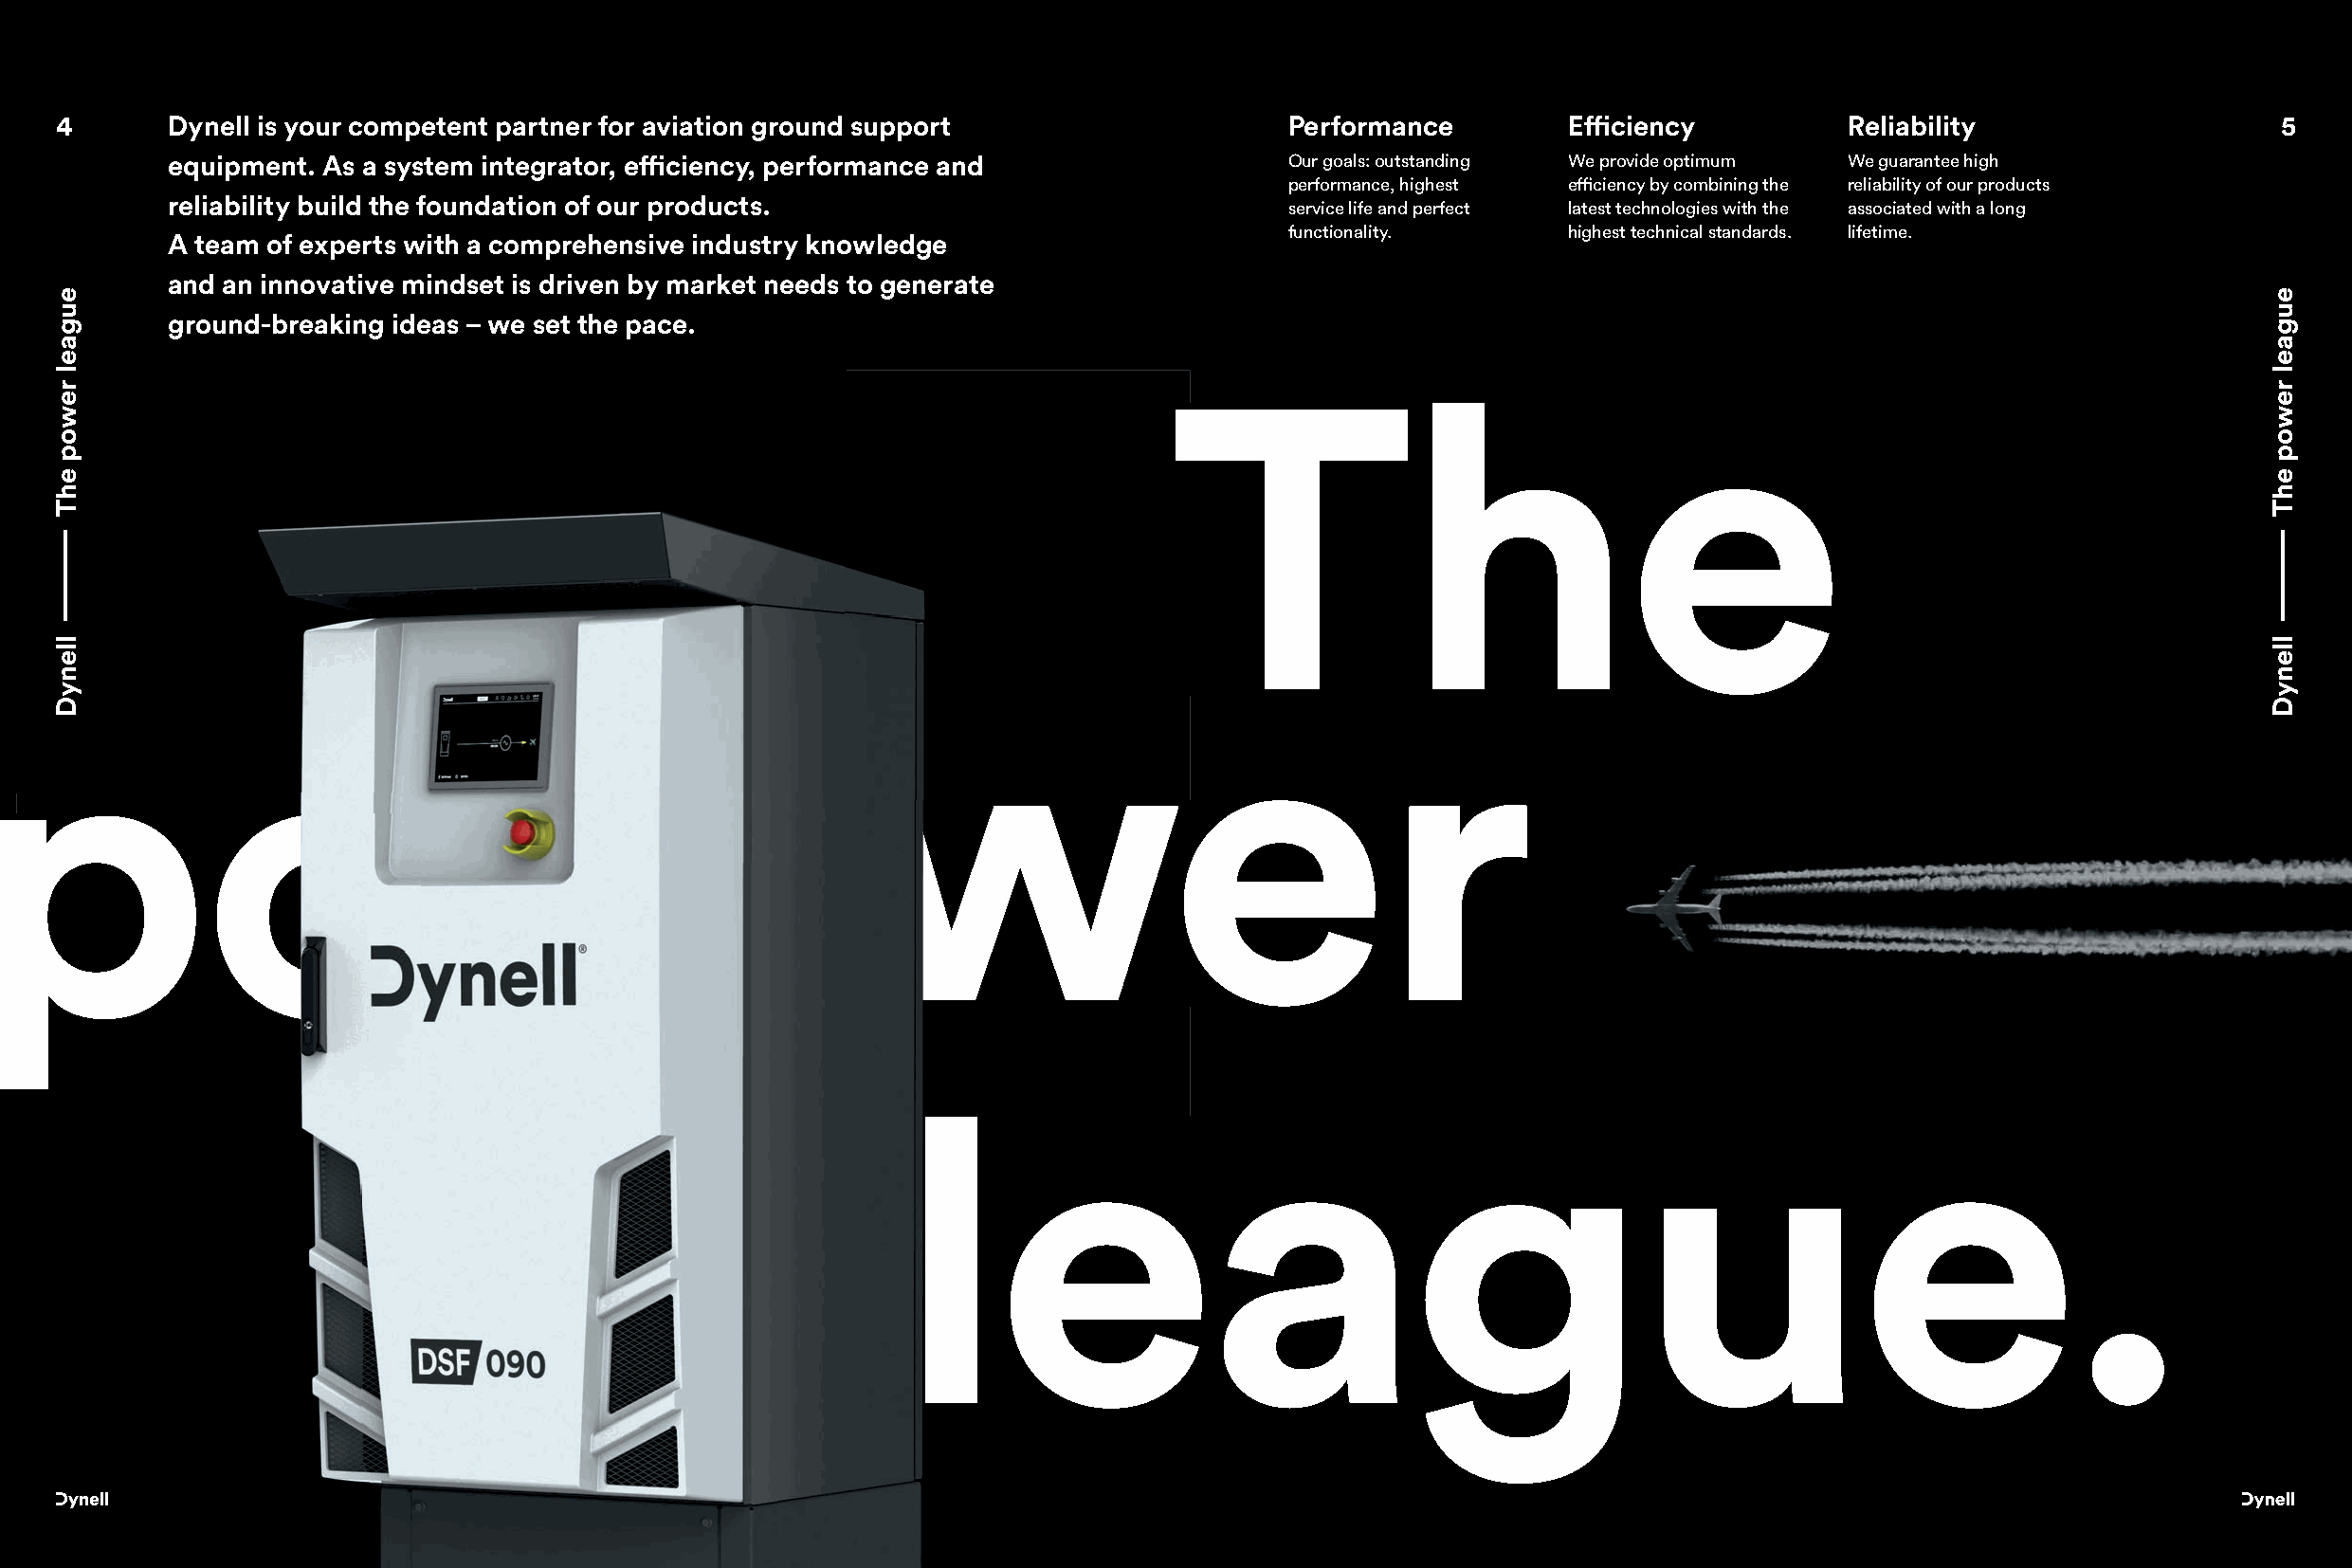
4       Dynell is your competent partner for aviation ground support                  Performance        Effi ciency         Reliability                   5
 equipment. As a system integrator, effi ciency, performance and               Our goals: outstanding We provide optimum We guarantee high
 performance, highest effi ciency by combining the reliability of our products
 reliability build the foundation of our products.
 service life and perfect latest technologies with the associated with a long
 functionality.     highest technical standards. lifetime.
 A team of experts with a comprehensive industry knowledge
 and an innovative mindset is driven by market needs to generate
 ground-breaking ideas – we set the pace.
 TThhee
 wweerr
 ppoo
 lleeaagguuee..
 eugael
 rewop
 ehT
 llenyD
 eugael
 rewop
 ehT
 llenyD